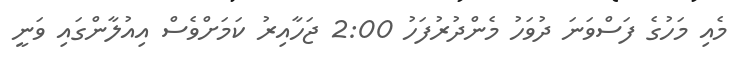
މެއި މަހުގެ ފަސްވަނަ ދުވަހު މެންދުރުފަހު 2:00 ޖަހާއިރު ކަމަށްވެސް އިއުލާންގައި ވަނީ